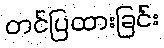
တင်ပြထားခြင်း